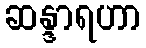
ဆန္ဒာရဟာ